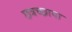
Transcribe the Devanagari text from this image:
छत्रच्छाया